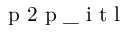
\mathrm { ~ p ~ 2 ~ p ~ \_ ~ i ~ t ~ l ~ }